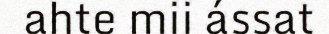
ahte mii ássat